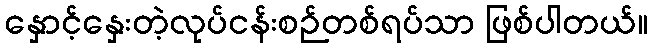
နှောင့်နှေးတဲ့လုပ်ငန်းစဉ်တစ်ရပ်သာ ဖြစ်ပါတယ်။